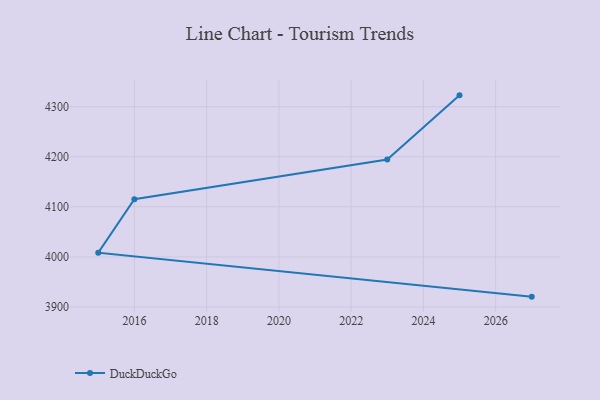
{"axis": {"x": "Year", "y": "Conversion Rate (%)"}, "legend": ["DuckDuckGo"], "data": [{"x": "2025", "y": 4322.6, "type": "DuckDuckGo"}, {"x": "2023", "y": 4194.4, "type": "DuckDuckGo"}, {"x": "2016", "y": 4115.3, "type": "DuckDuckGo"}, {"x": "2015", "y": 4008.4, "type": "DuckDuckGo"}, {"x": "2027", "y": 3920.7, "type": "DuckDuckGo"}]}